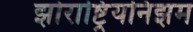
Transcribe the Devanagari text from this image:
झोराष्ट्रियनिझम